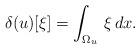
LaTeX: \begin{align*}\delta(u)[\xi]=\int_{\Omega_u}\,\xi\,dx.\end{align*}